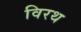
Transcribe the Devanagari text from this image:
विरथ